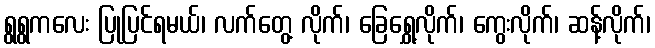
ရွရွကလေး ပြုပြင်ရမယ်၊ လက်တွေ့ လိုက်၊ ခြေရွှေ့လိုက်၊ ကွေးလိုက်၊ ဆန့်လိုက်၊